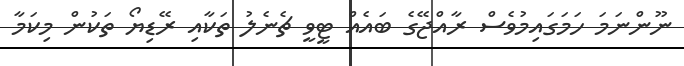
ނޫންނަމަ ހަމަގައިމުވެސް ރާއްޖޭގެ ބައެއް ޓީވީ ޗެނެލު ތަކާއި ރޭޑިޔޯ ތަކުން މިކަމާ